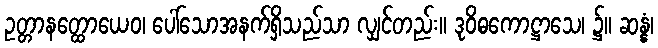
ဥတ္တာနတ္ထောယေဝ၊ ပေါ်သောအနက်ရှိသည်သာ လျှင်တည်း။ ဒုဝိဓကောဋ္ဌာသေ၊ ၌။ ဆန္နံ၊